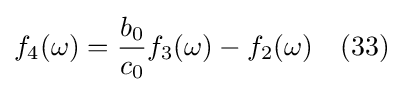
f_{4}(\omega )={\frac {b_{0}}{c_{0}}}f_{3}(\omega )-f_{2}(\omega )\quad (33)